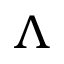
\Lambda